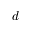
d